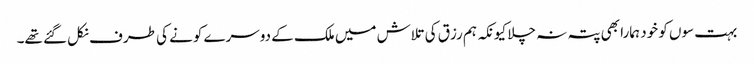
بہت سوں کو خود ہمارا بھی پتہ نہ چلا کیونکہ ہم رزق کی تلاش میں ملک کے دوسرے کونے کی طرف نکل گئے تھے۔